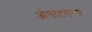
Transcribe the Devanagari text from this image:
ओलांडलेल्या